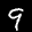
Label: 9